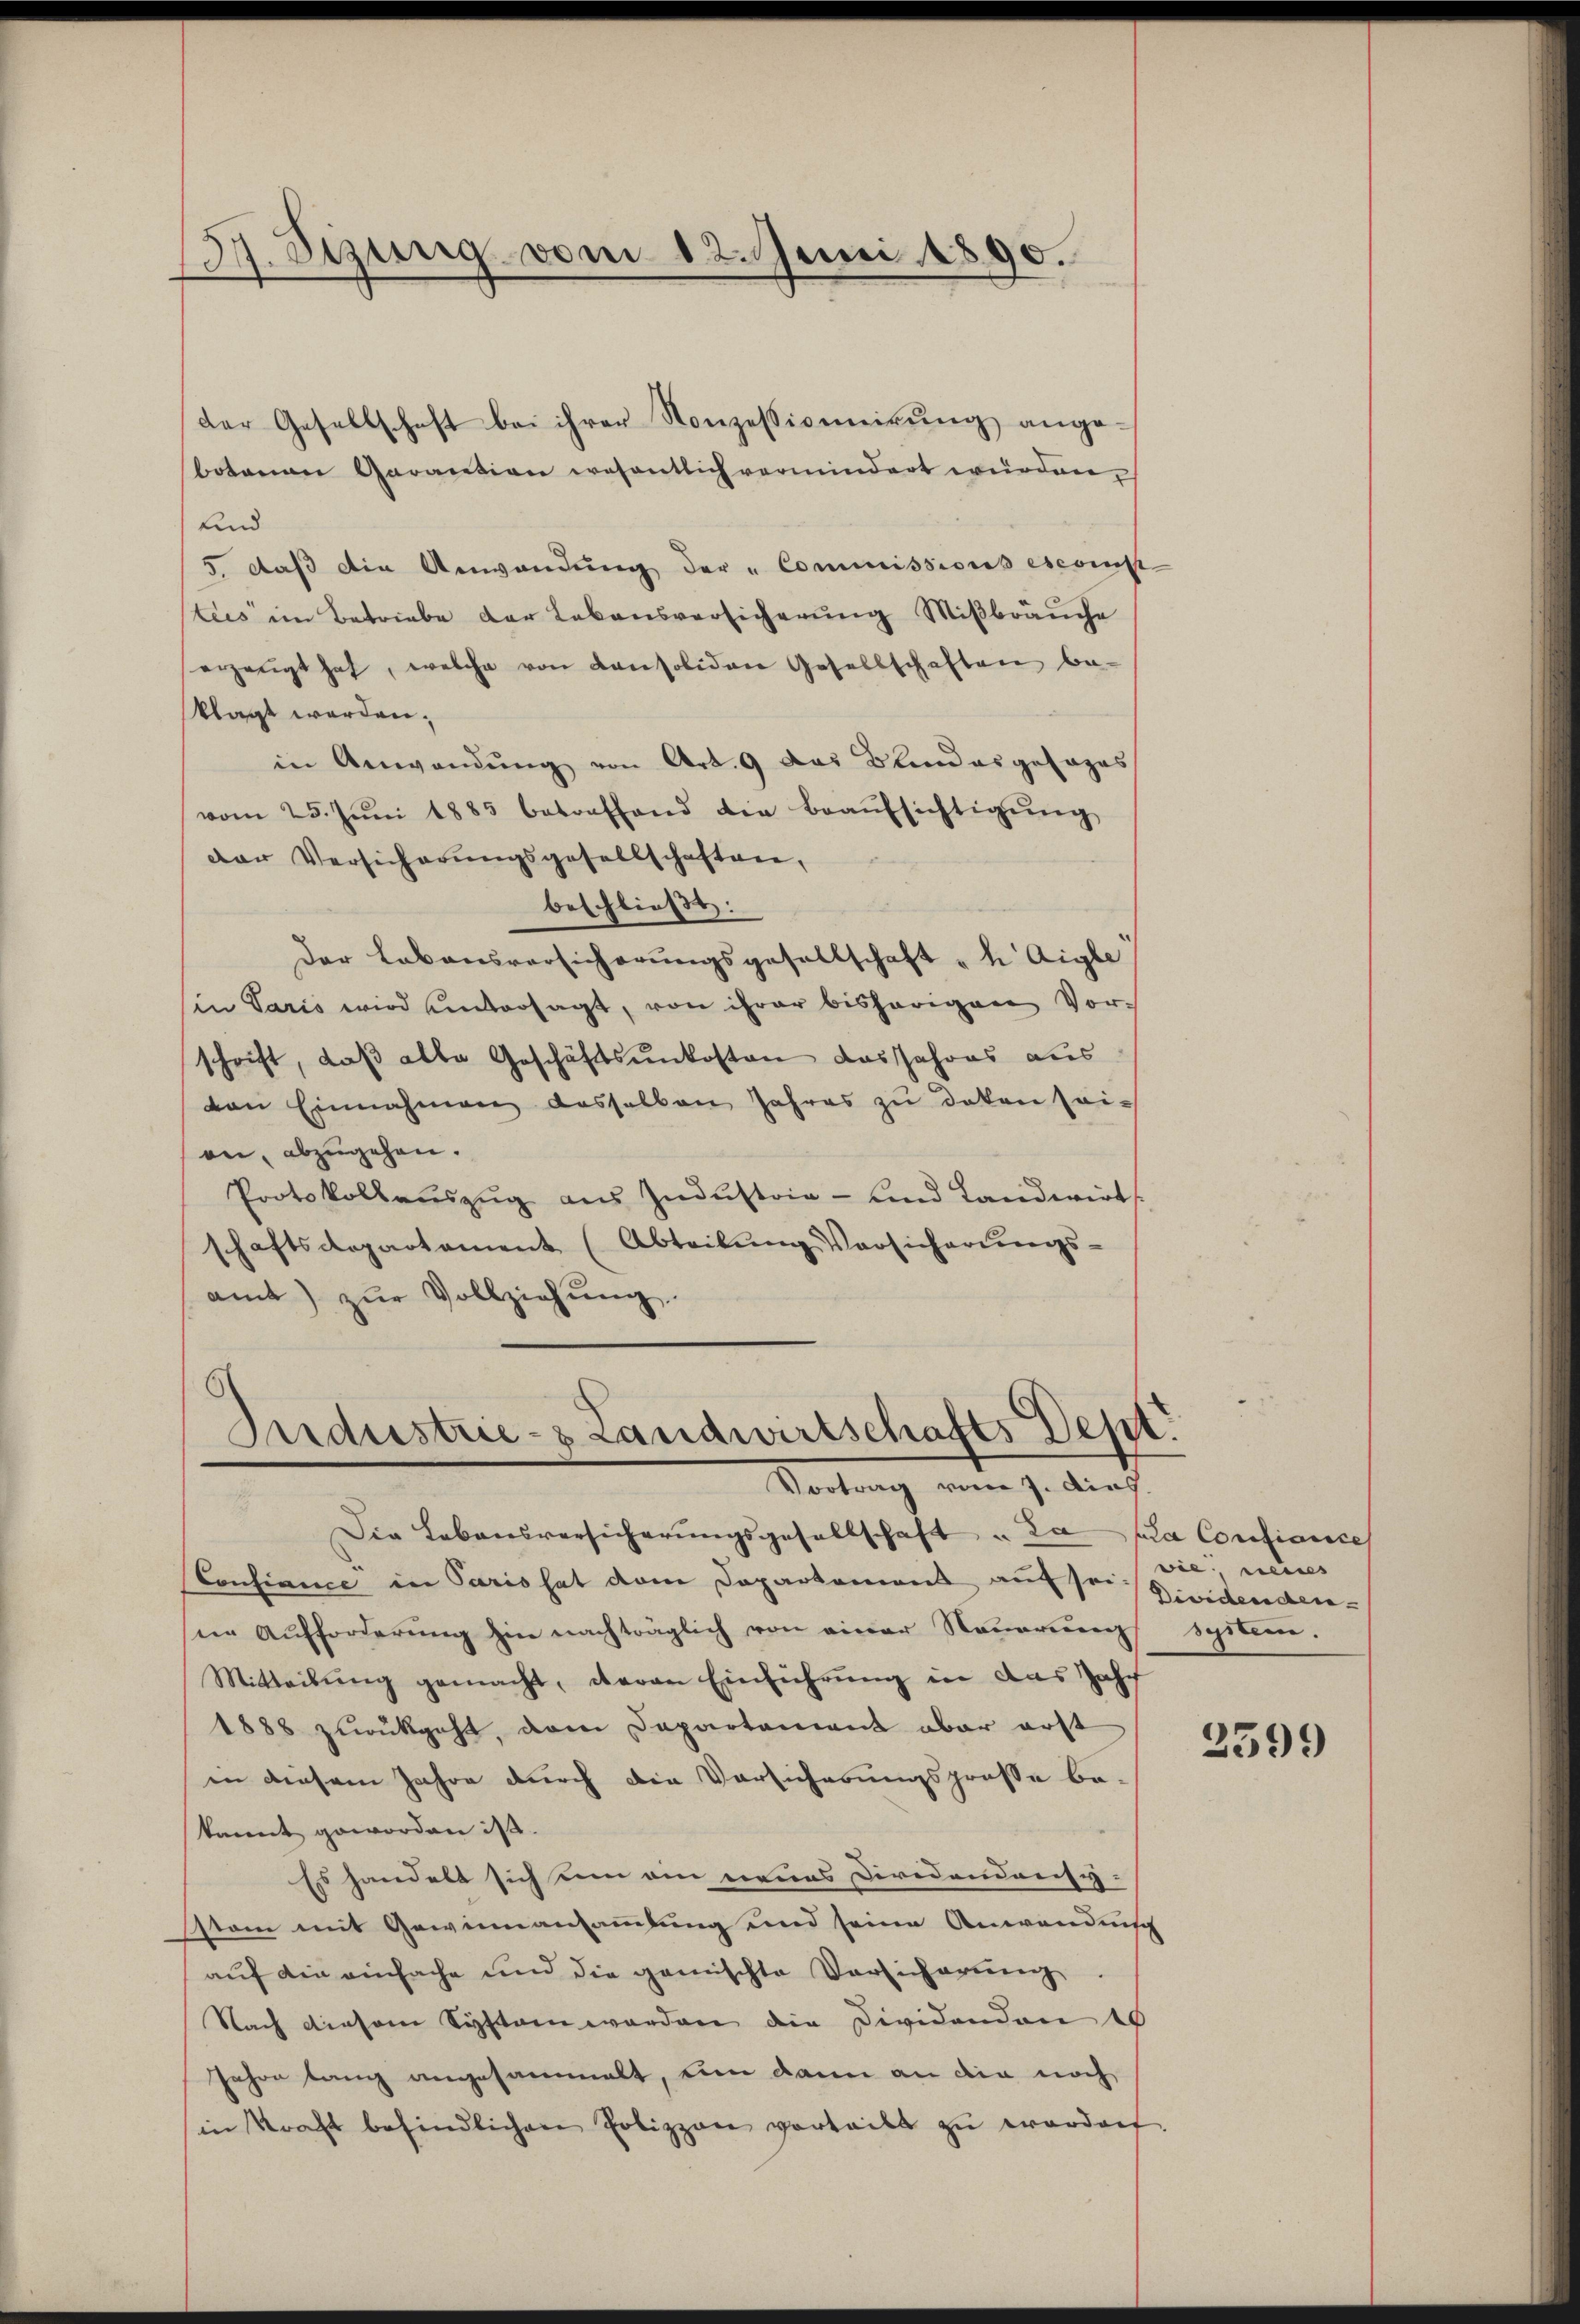
157. Sizung vom 12. Juni 1890.

botenen Garantion wesentlich vermindert würden,
Und
5, daß die Anwendung der „Commissions esconst
tus im Betriebe der Lebensversicherŭng Mißbräuche
erzeugt hat, welche von Konsoliden Gesellschaften be-
klagt werden.
in Anwendung von Art. 9 das Blindesgesages
vom 25. Jŭni 1885 betreffend die Beaŭfsichtigŭng
der Versicherungsgesellschaften,
beschließt:
der Lebensversicherungsgesellschaft "h Aigle
in Paris wird untersagt, von ihrer bisherigen Vor-
schrift, daβ alle Geschäftsŭnkosten das Jahres aus
von Einnahmen dasselben Jahres zŭ deken seian, abzugehen.
Protokollauszug aus Industria - und Landwirts
schaftsdepartement (Abteilŭng Vorsicherŭngs-
amt) zŭr Vollziehŭng

der Gesellschaft bei ihrer Konzessivemirŭng ange¬

Industrie- Landwirtschafts Dept.
Vortrag vom 7. dies

Die Lebensversicherŭngsgesellschaft u. La pla Confiance
Confiance in Paris hat dem Departement auf sei. Sie, neues
ie Aufforderung hin nachträglich von einer Nauerung Spitten.
Mitteilŭng gemacht, davon Einführŭng in das Jahr
1888 zurückgeht, dem Departement aber erst
in diesem Jahre durch die Vorsicherungsprosse be-
kannt geworden ist.
Es handelt sich um ein neues Diridandonsytam mit Gewinnausammlung und seine Anwendun
auf die einfache und die gemischte Versicherung
Nach diesem Systern worden die Dividandon es
Jahre lang angesammelt, um dann an die noch
in Kraft befindlichen Polizzon vorteilt zŭ worden.

Dividenden

2599